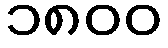
၁၈၀၀